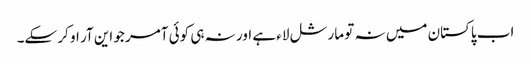
اب پاکستان میں نہ تو مارشل لاء ہے اور نہ ہی کوئی آمر جو این آر او کر سکے۔